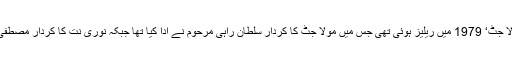
خیال رہے کہ فلم ’ مولا جٹ‘ 1979 میں ریلیز ہوئی تھی جس میں مولا جٹ کا کردار سلطان راہی مرحوم نے ادا کیا تھا جبکہ نوری نت کا کردار مصطفیٰ قریشی نے نبھایا تھا۔